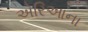
એરિઆના